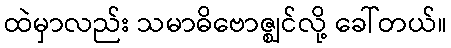
ထဲမှာလည်း သမာဓိဗောဇ္ဈင်လို့ ခေါ်တယ်။